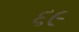
૬૯